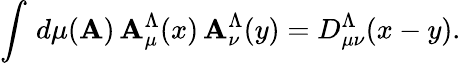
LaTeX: \int\, d\mu(\mathbf{A})\, \mathbf{A}_{\mu}^{\Lambda}(x)\, \mathbf{A}_{\nu}^{\Lambda}(y)=D_{\mu\nu}^{\Lambda}(x-y).